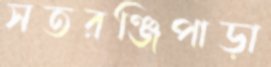
সতরঞ্জিপাড়া